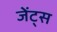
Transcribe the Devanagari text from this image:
जेंट्स